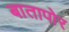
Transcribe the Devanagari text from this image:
बातापोर